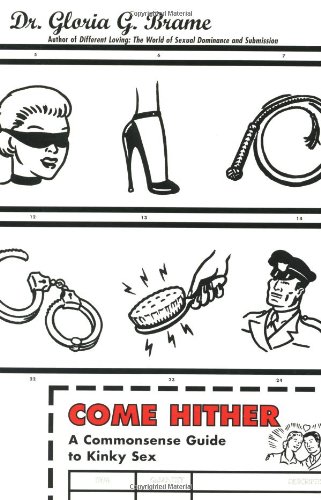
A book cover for Come Hither: A Commonsense Guide To Kinky Sex; Gloria G. Brame; Health, Fitness & Dieting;